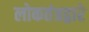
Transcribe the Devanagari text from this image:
लोकतंत्रद्वारे